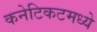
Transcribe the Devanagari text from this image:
कनेटिकटमध्ये